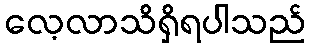
လေ့လာသိရှိရပါသည်